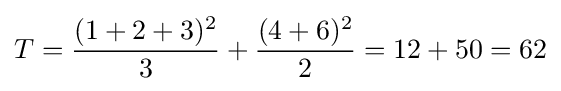
T={\frac {(1+2+3)^{2}}{3}}+{\frac {(4+6)^{2}}{2}}=12+50=62